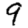
Digit: 9